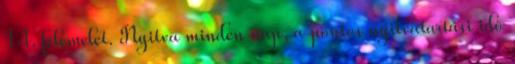
14. félemelet. Nyitva minden nap, a pontos nyitvatartási idő